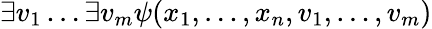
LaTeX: \exists v_{1}\dots\exists v_{m}\psi(x_{1},\dots,x_{n},v_{1},\dots,v_{m})